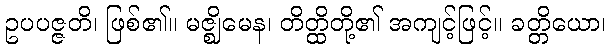
ဥပပဇ္ဇတိ၊ ဖြစ်၏။ မဇ္ဈိမေန၊ တိတ္ထိတို့၏ အကျင့်ဖြင့်။ ခတ္တိယော၊